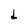
Character: d